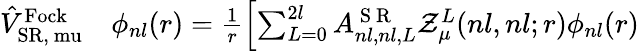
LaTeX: \begin{array}{rl}{\hat{V}_{\mathrm{SR,\ mu}}^{\mathrm{Fock}}}&{{}\phi_{nl}(r)=\frac{1}{r}\left[\sum_{L=0}^{2l}A_{nl,nl,L}^{\mathrm{~S~R~}}\mathcal{Z}_{\mu}^{L}(nl,nl;r)\phi_{nl}(r)\right.}\end{array}